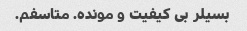
بسیلر بی کیفیت و مونده. ‌متاسفم.